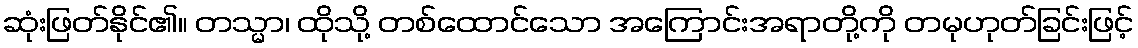
ဆုံးဖြတ်နိုင်၏။ တသ္မာ၊ ထိုသို့ တစ်ထောင်သော အကြောင်းအရာတို့ကို တမုဟုတ်ခြင်းဖြင့်